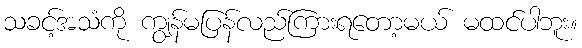
သခင့်အသံကို ကျွန်မပြန်လည်ကြားရတော့မယ် မထင်ပါဘူး။